Subject: cs
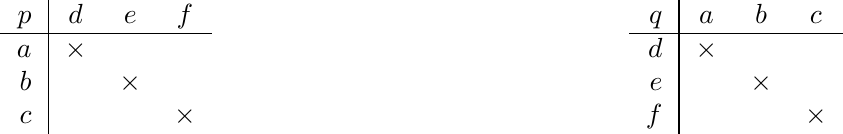
LaTeX code:
\begin{tikzpicture}

  \draw (-4,0) node {\begin{tabular}{r|ccc}
                       $p$  & $d$ & $e$ & $f$ \\ \hline
                       $a$ & $\times$ &   & \\
                       $b$ &   & $\times$ & \\
                       $c$ &   &   & $\times$
                       \end{tabular}};

  \draw (4,0) node {\begin{tabular}{r|ccc}
                       $q$ & $a$ & $b$ & $c$\\ \hline
                       $d$ & $\times$ &   & \\
                       $e$ &   & $\times$ & \\
                       $f$ &   &   & $\times$
                       \end{tabular}};

\end{tikzpicture}